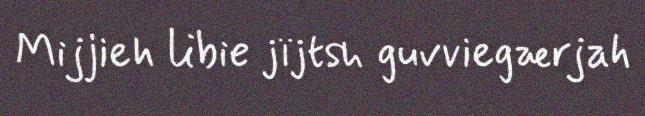
Mijjieh libie jïjtsh guvviegærjah